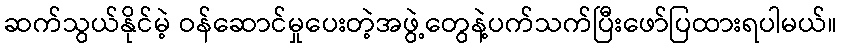
ဆက်သွယ်နိုင်မဲ့ ဝန်ဆောင်မှုပေးတဲ့အဖွဲ့တွေနဲ့ပက်သက်ပြီးဖော်ပြထားရပါမယ်။